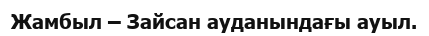
Жамбыл – Зайсан ауданындағы ауыл.